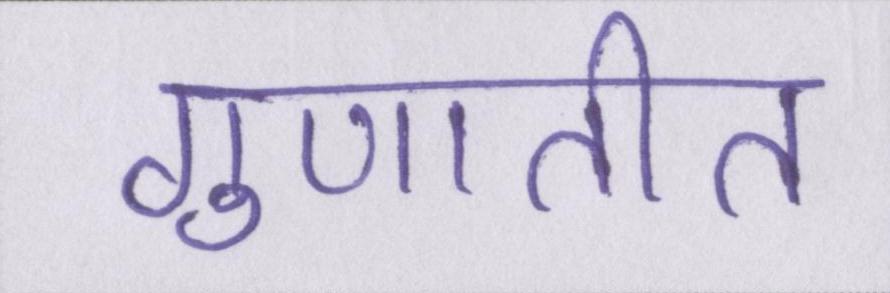
गुणातीत